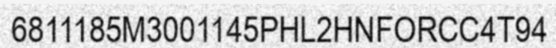
6811185M3001145PHL2HNFORCC4T94